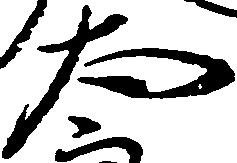
太